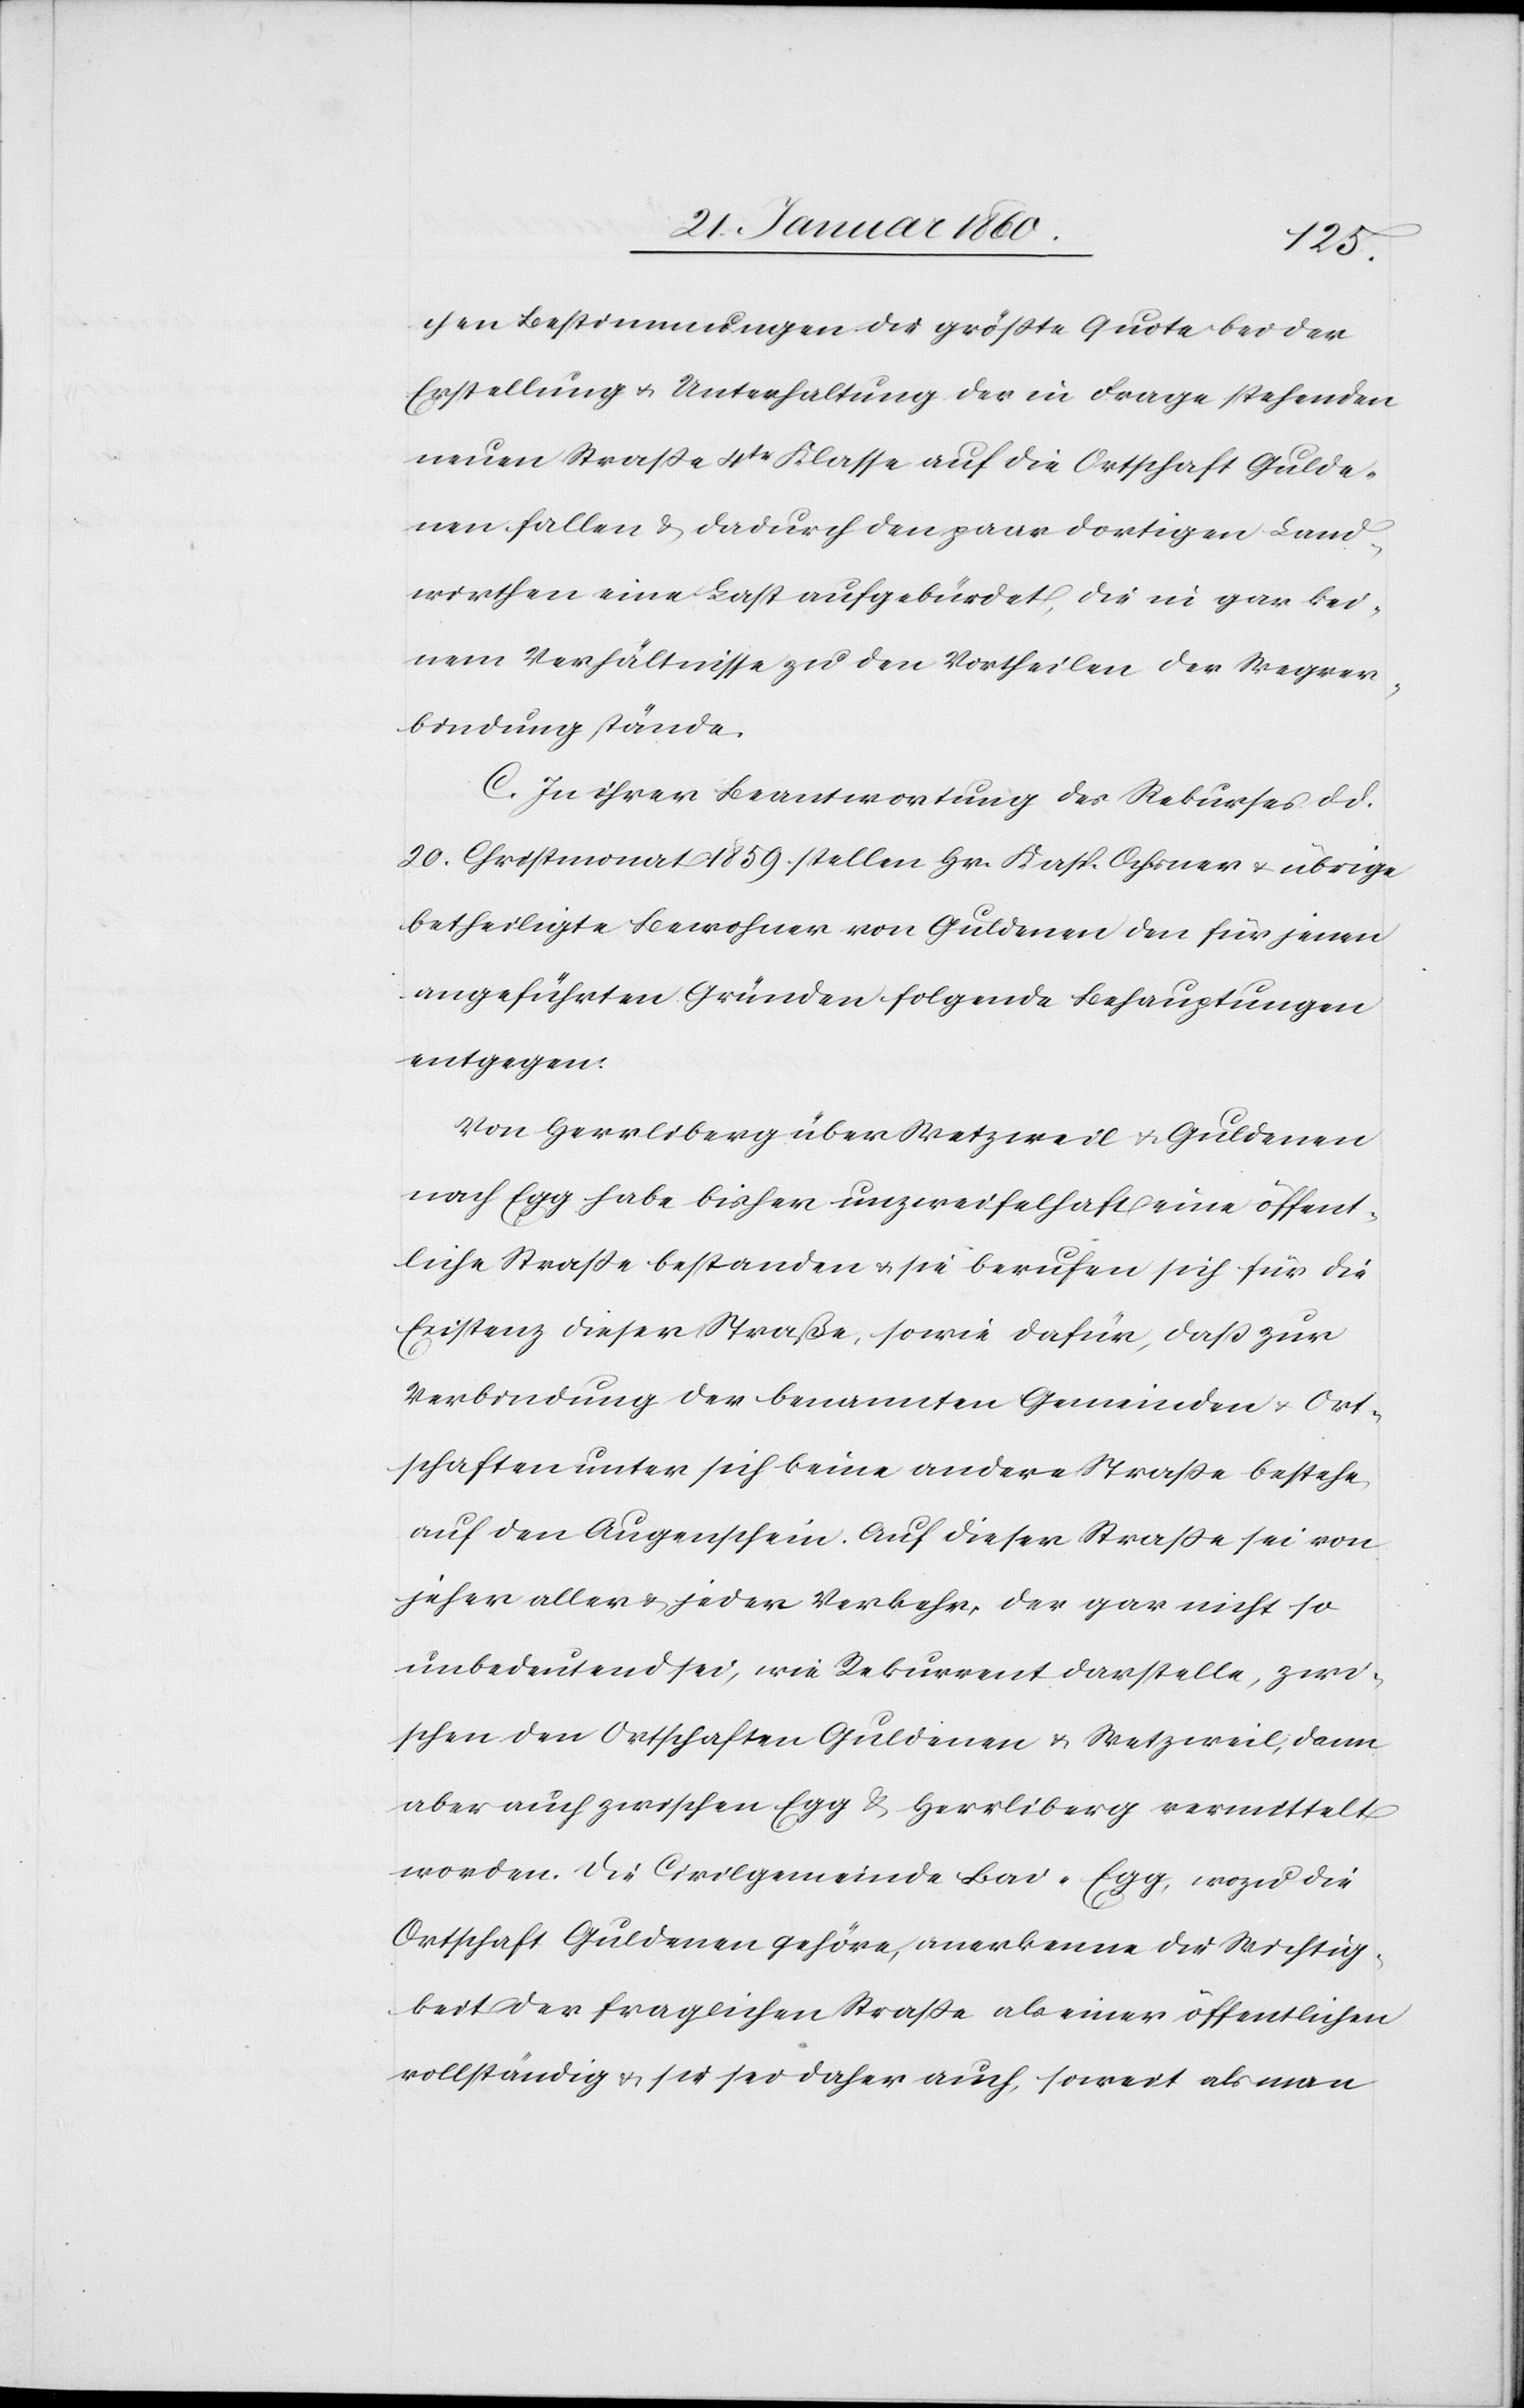
chen Bestimmungen der größte Quote bei der
Erstellung u. Unterhaltung der in Frage stehenden
neuen Strasse 4tr Klasse auf die Ortschaft Gulde¬
nen fallen u. dadurch den paar dortigen Land¬
wirthen eine Last aufgebürdet, die in gar kei¬
nem Verhältnisse zu den Vortheilen der Wegver¬
bindung stände.
C. In ihrer Beantwortung des Rekurses d. d.
20. Christmonat 1859 stellen Hr. Kasp. Ochsner u. übrige
betheiligte Bewohner von Guldenen den für jenen
angehäuften Gründen folgende Behauptungen
entgegen.
Von Herrliberg über Wetzweil u. Guldenen
nach Egg habe bisher unzweifelhaft eine öffent¬
liche Strasse bestanden u. sie berufen sich für die
Existenz dieser Straße, sowie dafür, dass zur
Verbindung der benannten Gemeinden u. Ort¬
schaften unter sich keine andere Strasse bestehe,
auf den Augenschein. Auf dieser Strasse sei von
jeher aller u. jeder Verkehr, der gar nicht so
unbedeutend sei, wie Rekurrent darstelle, zwi¬
schen den Ortschaften Guldenen u. Wetzweil, dann
aber auch zwischen Egg u. Herrliberg vermittelt
worden. Die Civilgemeinde Bad-Egg, wozu die
Ortschaft Guldenen gehöre, anerkenne die Wichtig¬
keit der fraglichen Strasse als einer öffentlichen
vollständig u. sie sei daher auch, soweit als man